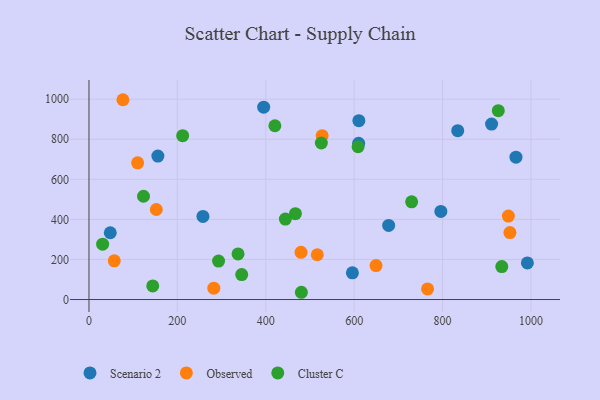
{"axis": {"x": "Engine Size", "y": "Exam Score"}, "legend": ["Cluster C", "Observed", "Scenario 2"], "data": [{"x": "155.9", "y": 716.2, "type": "Scenario 2"}, {"x": "48.2", "y": 333.4, "type": "Scenario 2"}, {"x": "834.4", "y": 842.6, "type": "Scenario 2"}, {"x": "992.0", "y": 182.7, "type": "Scenario 2"}, {"x": "596.1", "y": 133.4, "type": "Scenario 2"}, {"x": "395.3", "y": 959.9, "type": "Scenario 2"}, {"x": "796.2", "y": 439.9, "type": "Scenario 2"}, {"x": "610.7", "y": 892.6, "type": "Scenario 2"}, {"x": "911.0", "y": 875.8, "type": "Scenario 2"}, {"x": "610.2", "y": 779.9, "type": "Scenario 2"}, {"x": "678.1", "y": 369.6, "type": "Scenario 2"}, {"x": "257.9", "y": 414.7, "type": "Scenario 2"}, {"x": "966.2", "y": 710.4, "type": "Scenario 2"}, {"x": "57.3", "y": 193.4, "type": "Observed"}, {"x": "479.8", "y": 235.8, "type": "Observed"}, {"x": "282.5", "y": 56.9, "type": "Observed"}, {"x": "649.6", "y": 169.3, "type": "Observed"}, {"x": "152.4", "y": 449.3, "type": "Observed"}, {"x": "949.0", "y": 416.4, "type": "Observed"}, {"x": "766.2", "y": 53.0, "type": "Observed"}, {"x": "110.1", "y": 682.4, "type": "Observed"}, {"x": "76.8", "y": 997.2, "type": "Observed"}, {"x": "516.6", "y": 223.6, "type": "Observed"}, {"x": "952.5", "y": 334.0, "type": "Observed"}, {"x": "527.6", "y": 818.0, "type": "Observed"}, {"x": "337.3", "y": 227.8, "type": "Cluster C"}, {"x": "30.9", "y": 276.1, "type": "Cluster C"}, {"x": "420.7", "y": 867.4, "type": "Cluster C"}, {"x": "525.8", "y": 781.3, "type": "Cluster C"}, {"x": "730.1", "y": 487.6, "type": "Cluster C"}, {"x": "212.0", "y": 817.6, "type": "Cluster C"}, {"x": "934.1", "y": 164.7, "type": "Cluster C"}, {"x": "444.4", "y": 401.7, "type": "Cluster C"}, {"x": "926.2", "y": 942.3, "type": "Cluster C"}, {"x": "345.6", "y": 124.4, "type": "Cluster C"}, {"x": "467.1", "y": 428.6, "type": "Cluster C"}, {"x": "293.2", "y": 192.1, "type": "Cluster C"}, {"x": "123.4", "y": 515.4, "type": "Cluster C"}, {"x": "480.6", "y": 36.2, "type": "Cluster C"}, {"x": "144.3", "y": 68.1, "type": "Cluster C"}, {"x": "608.9", "y": 762.6, "type": "Cluster C"}]}